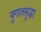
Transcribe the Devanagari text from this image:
युगातसुद्धा